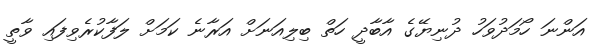
އަންނަ ހޯމަދުވަހު ދުނިޔޭގެ އާބާދީ ހަތް ބިލިއަނަށް އަރާނެ ކަމަށް ލަފާކުރެވިފައި ވާތީ